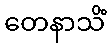
တေနာသိံ